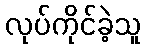
လုပ်ကိုင်ခဲ့သူ